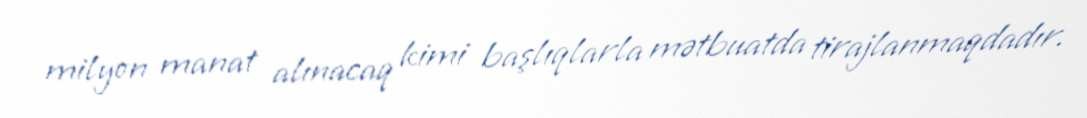
milyon manat alınacaq kimi başlıqlarla mətbuatda tirajlanmaqdadır.